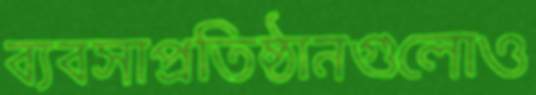
ব্যবসাপ্রতিষ্ঠানগুলোও